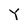
Character: Y